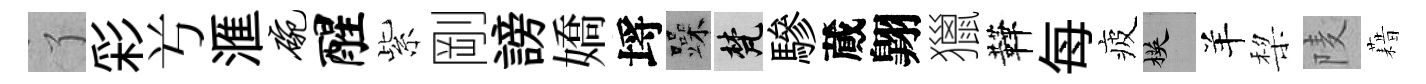
了彩𠔃滙碗醒紫剛謗嬌埓躁梵驂蕆翺獵鞾每疲楧羊棃𨹧藉